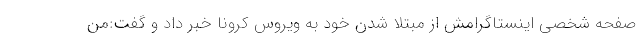
صفحه شخصی اینستاگرامش از مبتلا شدن خود به ویروس کرونا خبر داد و گفت:من